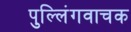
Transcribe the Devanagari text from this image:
पुल्लिंगवाचक